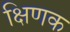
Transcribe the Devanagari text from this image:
क्षिणक